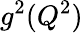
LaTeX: g^{2}(Q^{2})